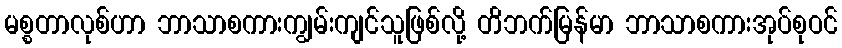
မစ္စတာလုစ်ဟာ ဘာသာစကားကျွမ်းကျင်သူဖြစ်လို့ တိဘက်မြန်မာ ဘာသာစကားအုပ်စုဝင်